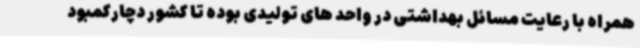
همراه با رعایت مسائل بهداشتی در واحد های تولیدی بوده تا کشور دچارکمبود